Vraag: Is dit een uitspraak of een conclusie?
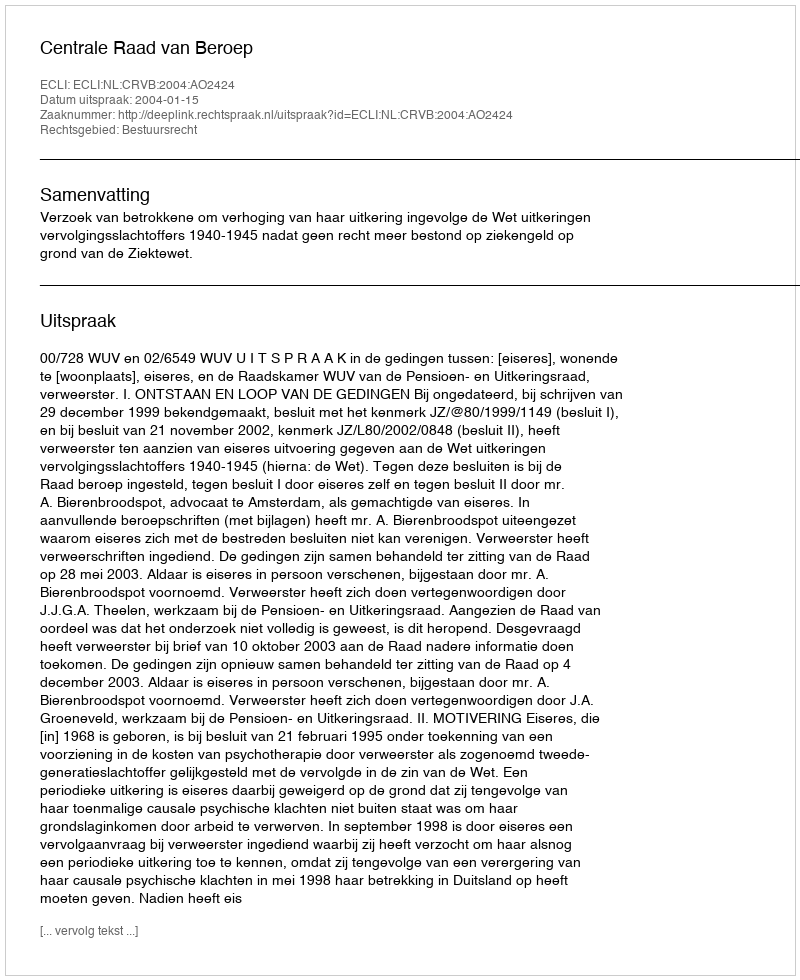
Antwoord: Uitspraak